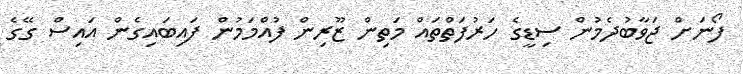
ފޯނަށް ޖަވާބުދެމުން ސިޑީގެ ހަރުފަތްތައް މަތިން ޒޫރިން ފުއްމަމުން ފައިބައިގެން އައިސް ގޭގެ